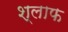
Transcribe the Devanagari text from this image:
श्लाफ